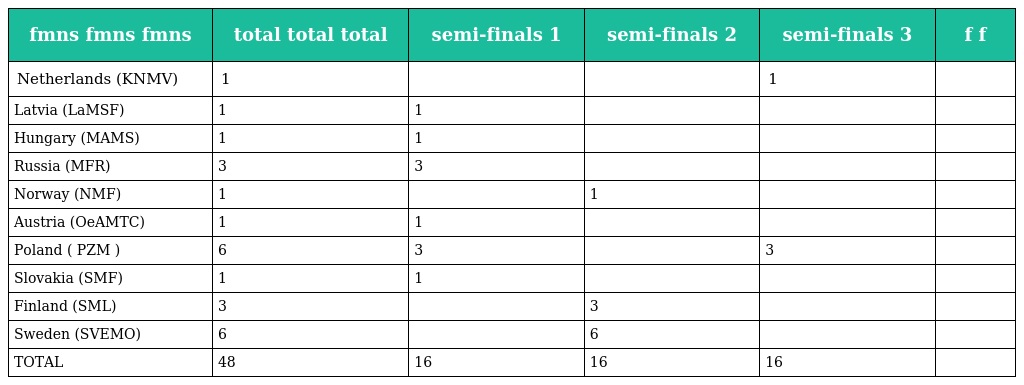
| fmns fmns fmns | total total total | semi-finals 1 | semi-finals 2 | semi-finals 3 | f f |
 | --- | --- | --- | --- | --- | --- |
 | Netherlands (KNMV) | 1 |  |  | 1 |  |
 | Latvia (LaMSF) | 1 | 1 |  |  |  |
 | Hungary (MAMS) | 1 | 1 |  |  |  |
 | Russia (MFR) | 3 | 3 |  |  |  |
 | Norway (NMF) | 1 |  | 1 |  |  |
 | Austria (OeAMTC) | 1 | 1 |  |  |  |
 | Poland ( PZM ) | 6 | 3 |  | 3 |  |
 | Slovakia (SMF) | 1 | 1 |  |  |  |
 | Finland (SML) | 3 |  | 3 |  |  |
 | Sweden (SVEMO) | 6 |  | 6 |  |  |
 | TOTAL | 48 | 16 | 16 | 16 |  |